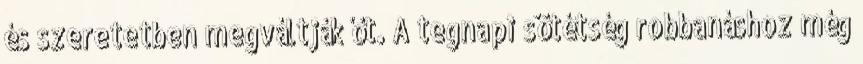
és szeretetben megváltják őt. A tegnapi sötétség robbanáshoz még